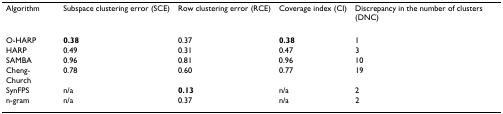
| Algorithm | Subspace clustering error (SCE) | Row clustering error (RCE) | Coverage index (CI) | Discrepancy in the number of clusters (DNC) |
 | --- | --- | --- | --- | --- |
 | O-HARP | 0.38 | 0.37 | 0.38 | 1 |
 | HARP | 0.49 | 0.31 | 0.47 | 3 |
 | SAMBA | 0.96 | 0.81 | 0.96 | 10 |
 | Cheng-Church | 0.78 | 0.60 | 0.77 | 19 |
 | SynFPS | n/a | 0.13 | n/a | 2 |
 | n-gram | n/a | 0.37 | n/a | 2 |